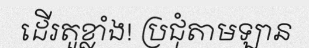
ដើរតួខ្លាំង! ប្រជុំតាមឡាន